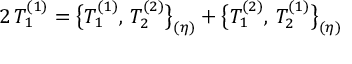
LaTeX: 2 \, T _ { 1 } ^ { ( 1 ) } = \bigl \{ T _ { 1 } ^ { ( 1 ) } , \, T _ { 2 } ^ { ( 2 ) } \bigr \} _ { ( \eta ) } + \bigl \{ T _ { 1 } ^ { ( 2 ) } , \, T _ { 2 } ^ { ( 1 ) } \bigr \} _ { ( \eta ) }